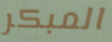
المبكر